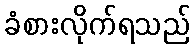
ခံစားလိုက်ရသည်